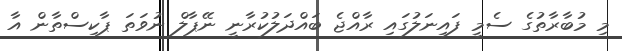
މި މުބާރާތުގެ ސެމީ ފައިނަލުގައި ރާއްޖެ ބައްދަލުކުރާނީ ނޭޕާލް ނުވަތަ ޕާކިސްތާން އާ